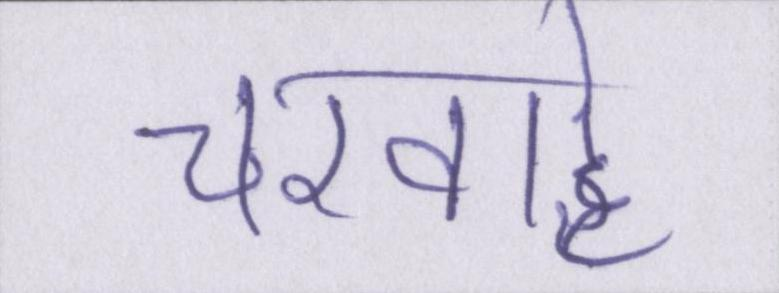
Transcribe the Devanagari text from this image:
चरवाहे